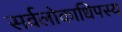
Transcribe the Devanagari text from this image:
सर्वलोकाधिपस्य